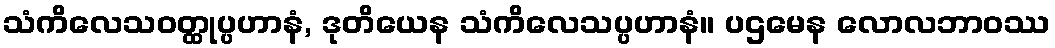
သံကိလေသဝတ္ထုပ္ပဟာနံ, ဒုတိယေန သံကိလေသပ္ပဟာနံ။ ပဌမေန လောလဘာဝဿ